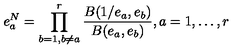
e _ { a } ^ { N } = \prod _ { b = 1 , b \neq a } ^ { r } \frac { B ( 1 / e _ { a } , e _ { b } ) } { B ( e _ { a } , e _ { b } ) } , a = 1 , \ldots , r